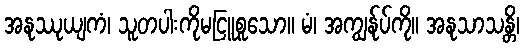
အနုဿုယျကံ၊ သူတပါးကိုမငြူစူသော။ မံ၊ အကျွန်ုပ်ကို။ အနုသာသန္တိ၊